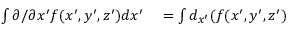
\begin{array} { r l } { \int \partial / \partial x ^ { \prime } f ( x ^ { \prime } , y ^ { \prime } , z ^ { \prime } ) d x ^ { \prime } } & { { } = \int d _ { x ^ { \prime } } ( f ( x ^ { \prime } , y ^ { \prime } , z ^ { \prime } ) } \end{array}